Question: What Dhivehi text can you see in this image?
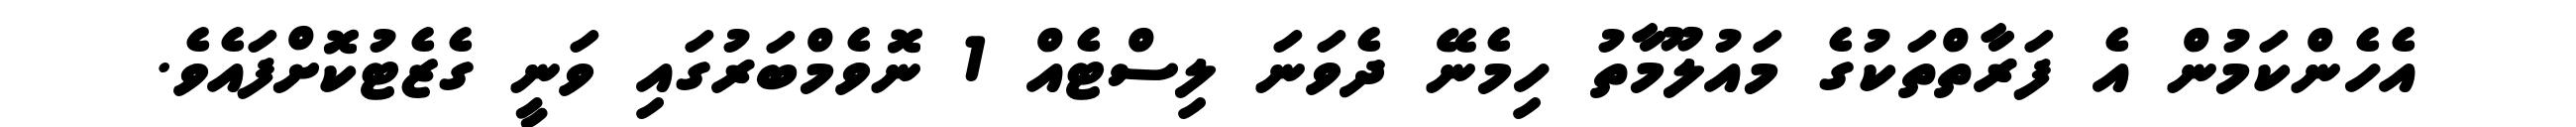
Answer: އެހެންކަމުން އެ ފަރާތްތަކުގެ މައުލޫމާތު ހިމެނޭ ދެވަނަ ލިސްޓެއް 1 ނޮވެމްބަރުގައި ވަނީ ގެޒެޓުކޮށްފައެވެ.